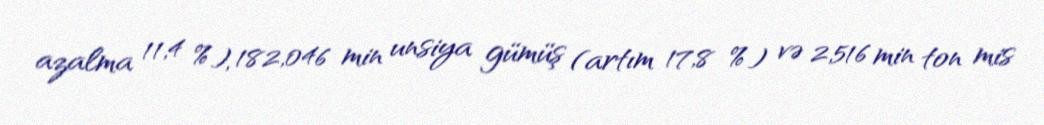
azalma 11,4 %), 182,046 min unsiya gümüş (artım 17,8 %) və 2,516 min ton mis